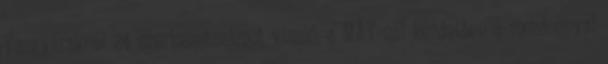
Vasgyáraknál 24 szerkezetszámot viselő, a MÁV-nál kezdetben a mozdonnyal